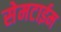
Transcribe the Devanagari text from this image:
सेमटाईम